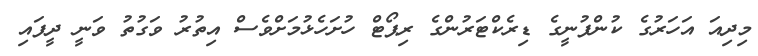
މިދިއަ އަހަރުގެ ކުންފުނީގެ ޑިރެކްޓަރުންގެ ރިޕޯޓް ހުށަހެޅުމަށްވެސް އިތުރު ވަގުތު ވަނީ ދީފައި